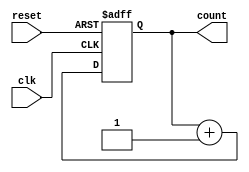
module synchronous_counter
(
    input wire clk,
    input wire reset,
    output reg [7:0] count
);

always @ (posedge clk or posedge reset)
begin
    if (reset)
        count <= 8'b0;
    else
        count <= count + 1;
end

endmodule